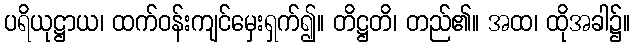
ပရိယုဋ္ဌာယ၊ ထက်ဝန်းကျင်မှေးရှက်၍။ တိဋ္ဌတိ၊ တည်၏။ အထ၊ ထိုအခါ၌။